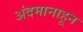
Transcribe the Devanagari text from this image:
अंदमानाहून